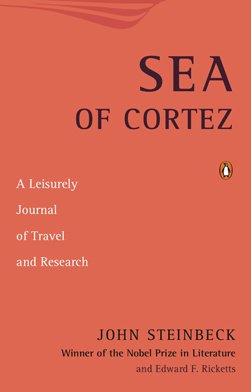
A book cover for Sea of Cortez: A Leisurely Journal of Travel and Research; John Steinbeck; Travel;